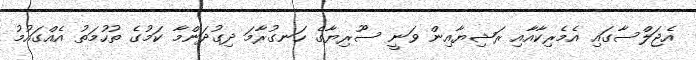
އެޖަލްސާގައި އެމެރިކާއާއި ރަޝިޔާއިން ވަނީ ސޫރިޔާގެ ހަނގުރާމަ ދިގުދަންމާ ކަމުގެ ތުހުމަތު އެއްގައުމު